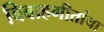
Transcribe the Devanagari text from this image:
विवाहगीतांचा